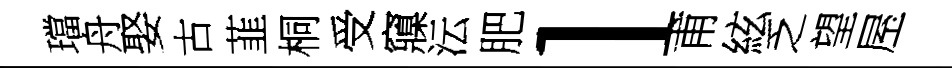
璫舟娶古韮桐受䆿沄肥l甫絃乏望屋